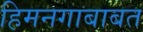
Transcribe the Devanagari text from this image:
हिमनगाबाबत